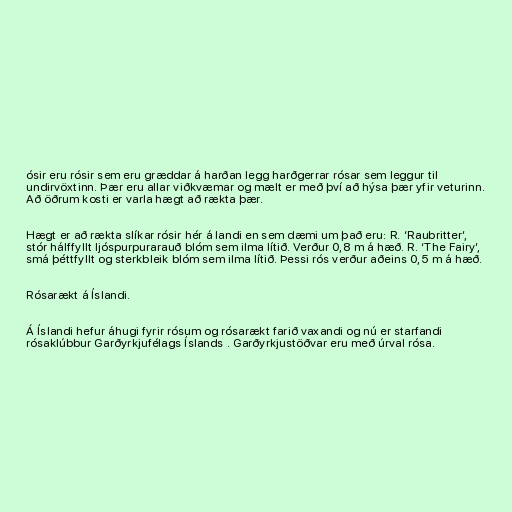
ósir eru rósir sem eru græddar á harðan legg harðgerrar rósar sem leggur til
undirvöxtinn. Þær eru allar viðkvæmar og mælt er með því að hýsa þær yfir veturinn.
Að öðrum kosti er varla hægt að rækta þær.

Hægt er að rækta slíkar rósir hér á landi en sem dæmi um það eru: R. ‘Raubritter’,
stór hálffyllt ljóspurpurarauð blóm sem ilma lítið. Verður 0,8 m á hæð. R. ‘The Fairy’,
smá þéttfyllt og sterkbleik blóm sem ilma lítið. Þessi rós verður aðeins 0,5 m á hæð.

Rósarækt á Íslandi.

Á Íslandi hefur áhugi fyrir rósum og rósarækt farið vaxandi og nú er starfandi
rósaklúbbur Garðyrkjufélags Íslands . Garðyrkjustöðvar eru með úrval rósa.